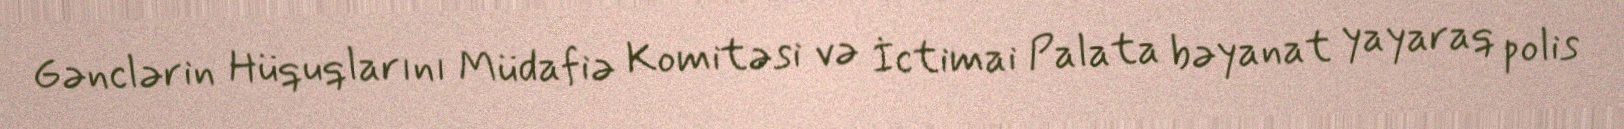
Gənclərin Hüquqlarını Müdafiə Komitəsi və İctimai Palata bəyanat yayaraq polis